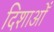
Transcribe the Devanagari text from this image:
दिशाओँ